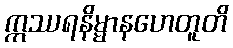
ဣဿရနိမ္မာနဟေတူတိ